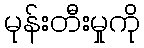
မုန်းတီးမှုကို